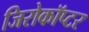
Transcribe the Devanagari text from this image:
जिरोकॉप्टर